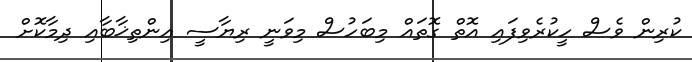
ކުރިން ވެސް ހީކުރެވިފައި އޮތް ގޮތައް މިބަހުސް މިވަނީ ރިޔާސީ އިންތިޚާބާއި ދިމާކޮށް